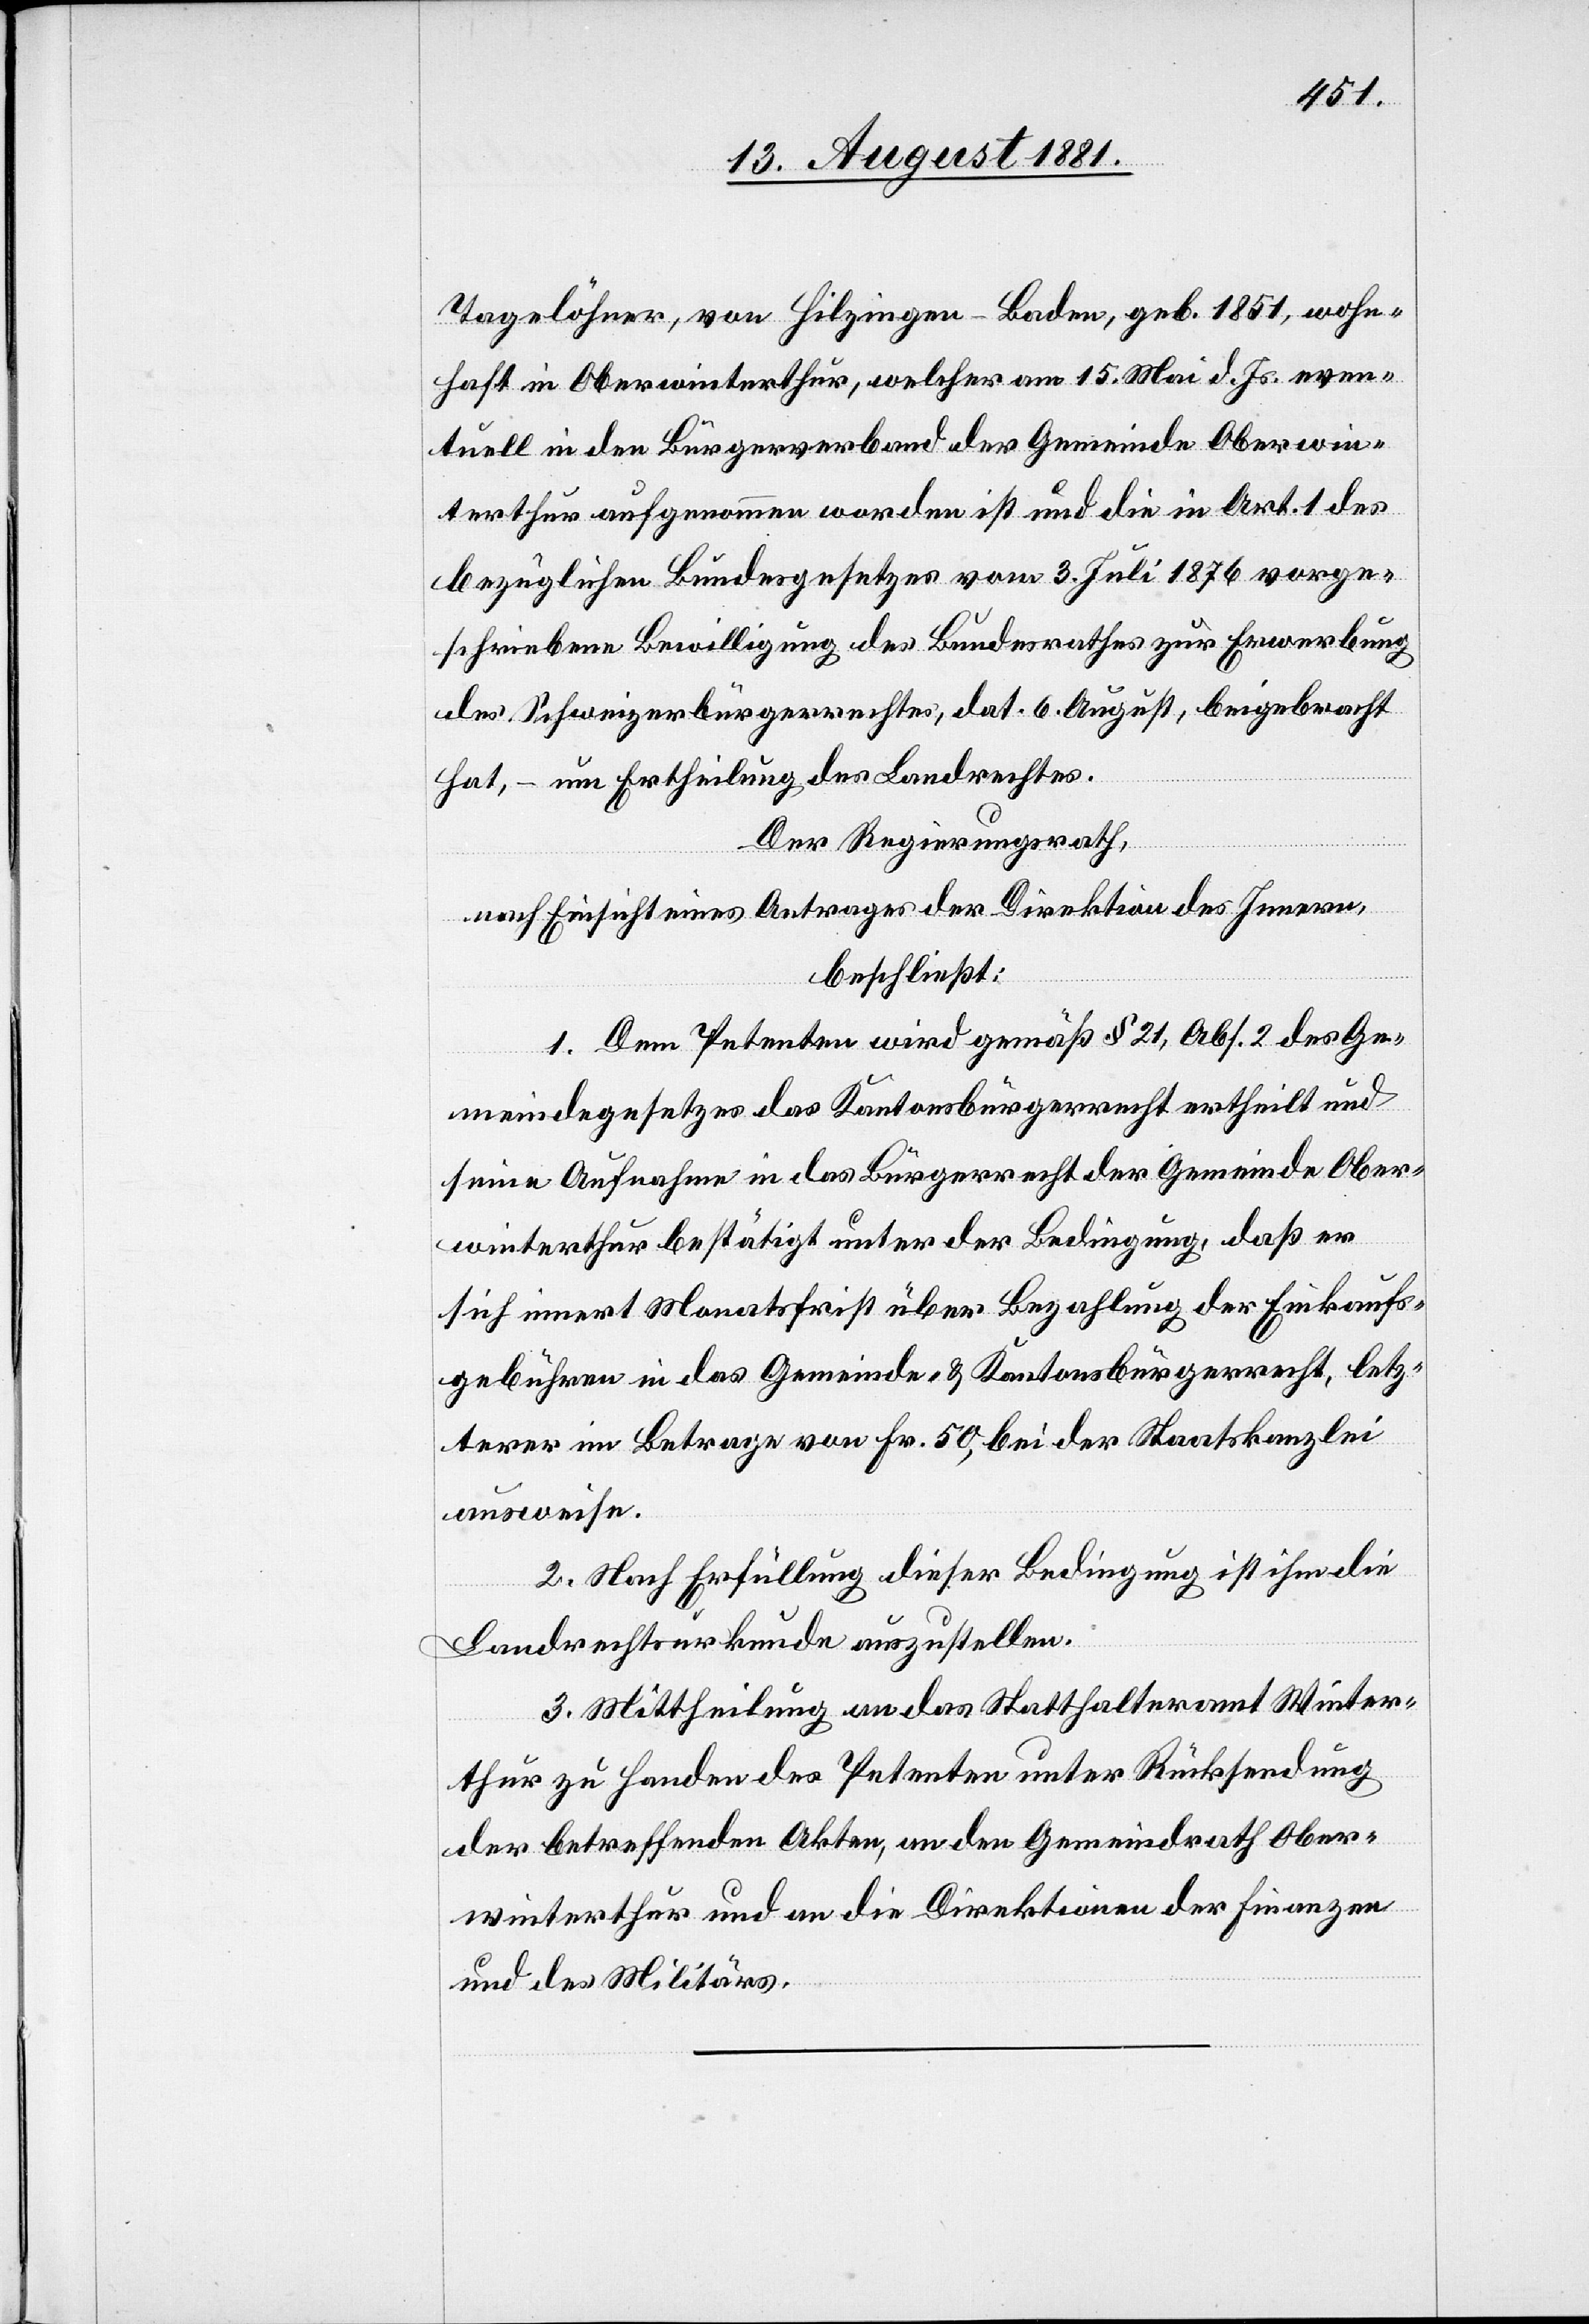
Tagelöhner, von Hilzingen - Baden, geb. 1851, wohn¬
haft in Oberwinterthur, welcher am 15. Mai d. Js. even¬
tuell in den Bürgerverband der Gemeinde Oberwin¬
terthur aufgenommen worden ist und die in Art. 1 des
bezüglichen Bundesgesetzes vom 3. Juli 1876 vorge¬
schriebene Bewilligung des Bundesrathes zur Erwerbung
des Schweizerbürgerrechtes, dat. 6. August, beigebracht
hat, – um Ertheilung des Landrechtes.
Der Regierungsrath,
nach Einsicht eines Antrages der Direktion des Innern,
beschließt:
1. Dem Petenten wird gemäß § 21, Abs. 2 des Ge¬
meindegesetzes das Kantonsbürgerrecht ertheilt und
seine Aufnahme in das Bürgerrecht der Gemeinde Ober¬
winterthur bestätigt unter der Bedingung, daß er
sich innert Monatsfrist über Bezahlung der Einkaufs¬
gebühren in das Gemeinde- & Kantonsbürgerrecht, letz¬
terer im Betrage von Fr. 50, bei der Staatskanzlei
ausweise.
2. Nach Erfüllung dieser Bedingung ist ihm die
Landrechtsurkunde auszustellen.
3. Mittheilung an das Statthalteramt Winter¬
thur zu Handen des Petenten unter Rücksendung
der betreffenden Akten, an den Gemeindrath Ober¬
winterthur und an die Direktion der Finanzen
und des Militärs.